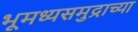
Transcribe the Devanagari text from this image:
भूमध्यसमुद्राच्या